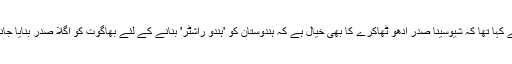
راوت نے کہا تھا کہ شیوسینا صدر ادھو ٹھاکرے کا بھی خیال ہے کہ ہندوستان کو 'ہندو راشٹر' بنانے کے لئے بھاگوت کو اگلا صدر بنایا جانا چاہئے۔